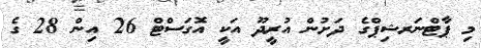
މި ޕާޓްނަރޝިޕްގެ ދަށުން އުރީދޫ އަކީ އޮގަސްޓް 26 އިން 28 ގެ